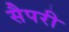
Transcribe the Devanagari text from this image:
सैपरी